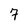
Character: 7